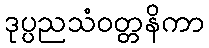
ဒုပ္ပညသံဝတ္တနိကာ